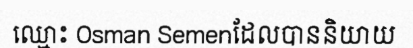
ឈ្មោះ Osman Semenដែលបាននិយាយ